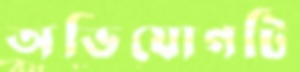
অভিযোগটি